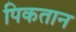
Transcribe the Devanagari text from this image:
पिकतान